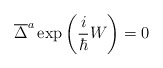
\begin{align*}\overline{\Delta }^a\exp \left( \frac i\hbar W\right) =0\end{align*}